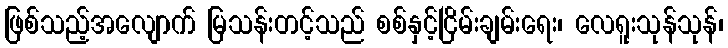
ဖြစ်သည့်အလျောက် မြသန်းတင့်သည် စစ်နှင့်ငြိမ်းချမ်းရေး၊ လေရူးသုန်သုန်၊